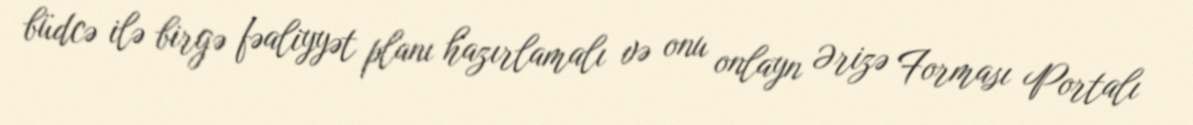
büdcə ilə birgə fəaliyyət planı hazırlamalı və onu onlayn Ərizə Forması Portalı